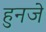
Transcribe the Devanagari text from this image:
हुनजे